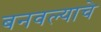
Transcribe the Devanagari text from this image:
बनवल्याचे